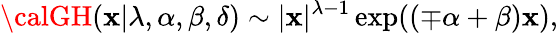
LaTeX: {\calGH}(\mathbf{x}|\lambda,\alpha,\beta,\delta)\sim|\mathbf{x}|^{\lambda-1}\exp((\mp\alpha+\beta)\mathbf{x}),